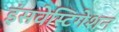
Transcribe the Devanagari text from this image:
इंसवेस्टिगेशन